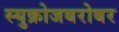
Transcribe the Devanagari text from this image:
स्युक्रोजबरोबर